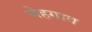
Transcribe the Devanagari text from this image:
मेहगाव